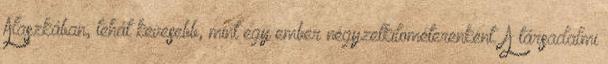
Alaszkában, tehát kevesebb, mint egy ember négyzetkilométerenként. A társadalmi